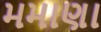
મમાણા